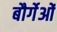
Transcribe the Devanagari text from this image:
बौर्गेओं